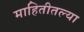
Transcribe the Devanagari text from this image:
माहितीतल्या